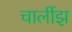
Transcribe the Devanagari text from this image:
चार्लीझ